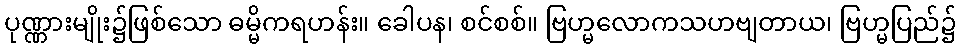
ပုဏ္ဏားမျိုး၌ဖြစ်သော ဓမ္မိကရဟန်း။ ခေါပန၊ စင်စစ်။ ဗြဟ္မလောကသဟဗျတာယ၊ ဗြဟ္မပြည်၌